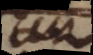
n